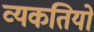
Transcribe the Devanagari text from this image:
व्यकतियों